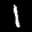
Label: 1